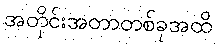
အတိုင်းအတာတစ်ခုအထိ